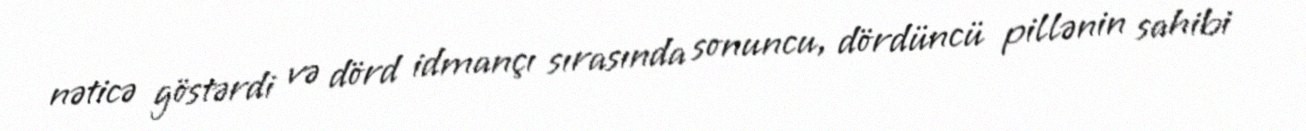
nəticə göstərdi və dörd idmançı sırasında sonuncu, dördüncü pillənin sahibi